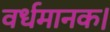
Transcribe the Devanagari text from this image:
वर्धमानक।